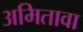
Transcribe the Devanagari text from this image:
अमितावा